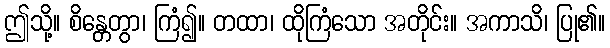
ဤသို့။ စိန္တေတွာ၊ ကြံ၍။ တထာ၊ ထိုကြံသော အတိုင်း။ အကာသိ၊ ပြု၏။